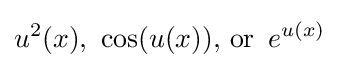
u^{2}(x),\,\,\cos(u(x)),\,{\text{or }}\,e^{u(x)}